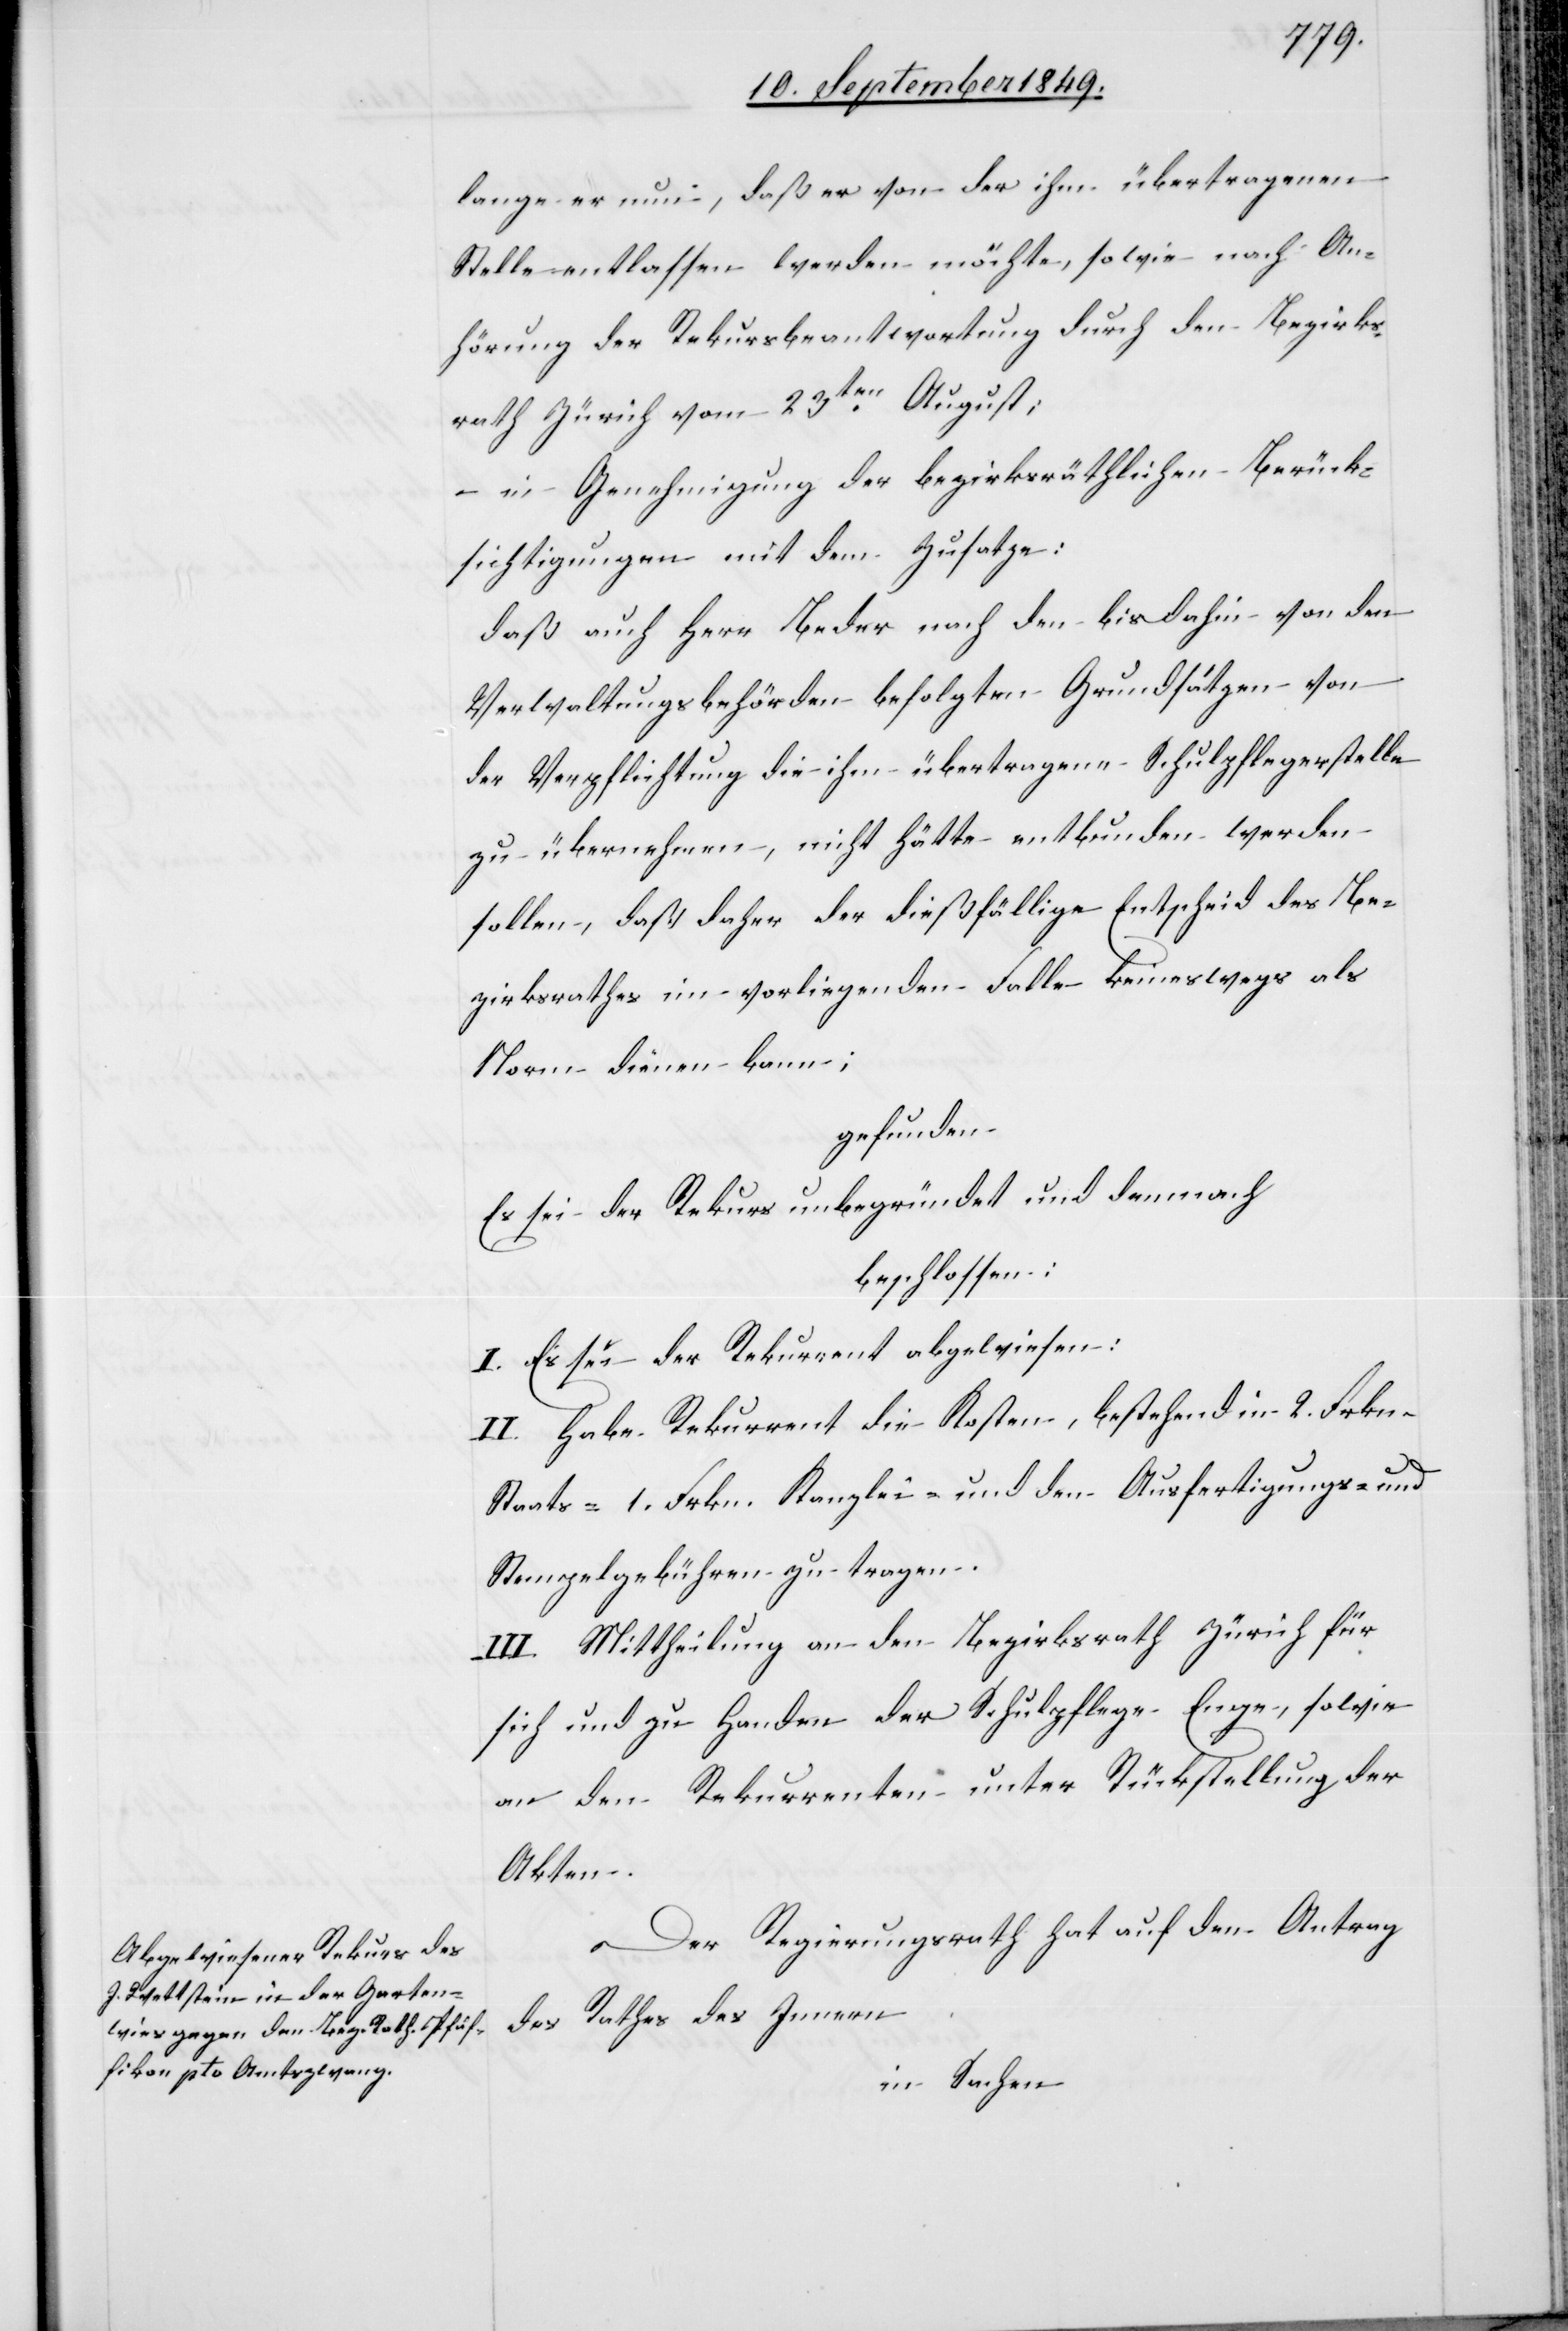
lange er nun, daß er von der ihm übertragenen
Stelle entlassen werden möchte, sowie nach An¬
hörung der Rekursbeantwortung durch den Bezirks¬
rath Zürich vom 23ten August;
– in Genehmigung der bezirksräthlichen Berück¬
sichtigungen mit dem Zusatze:
daß auch Herr Beder nach den bis dahin von den
Verwaltungsbehörden befolgten Grundsätzen von
der Verpflichtung die ihm übertragenen Schulpflegerstelle
zu übernehmen, nicht hätte entbunden werden
sollen, daß daher der dießfällige Entscheid des Be¬
zirksrathes im vorliegenden Falle keineswegs als
Norm dienen kann;
gefunden:
Es sei der Rekurs unbegründet und demnach
beschlossen:
I. Es sei der Rekurrent abgewiesen:
II. Habe Rekurrent die Kosten, bestehend in 2. Frkn.
Staats-[,] 1. Frkn. Kanzlei- und den Ausfertigungs- und
Stempelgebühren zu tragen.
III. Mittheilung an den Bezirksrath Zürich für
sich und zu Handen der Schulpflege Enge, sowie
an den Rekurrenten unter Rückstellung der
Akten.
Der Regierungsrath hat auf den Antrag
des Rathes des Innern
in Sachen